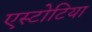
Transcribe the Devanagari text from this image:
एस्टोटिया